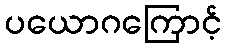
ပယောဂကြောင့်